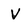
Character: V